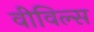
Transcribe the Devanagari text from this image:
वीविल्स